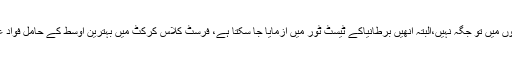
اس وقت ہیڈ کوچ مکی آرتھر کا کہنا تھا کہ ون ڈے اور ٹی ٹوئنٹی ٹیموں میں تو جگہ نہیں،البتہ انھیں برطانیاکے ٹیسٹ ٹور میں آزمایا جا سکتا ہے، فرسٹ کلاس کرکٹ میں بہترین اوسط کے حامل فواد عالم کو اب ایک بار پھر لاہور میں فٹنس ٹیسٹ کیلیے طلب کیا گیا ہے۔